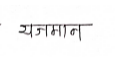
मजकूर: यजमान